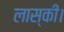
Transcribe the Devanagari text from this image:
लास्की।